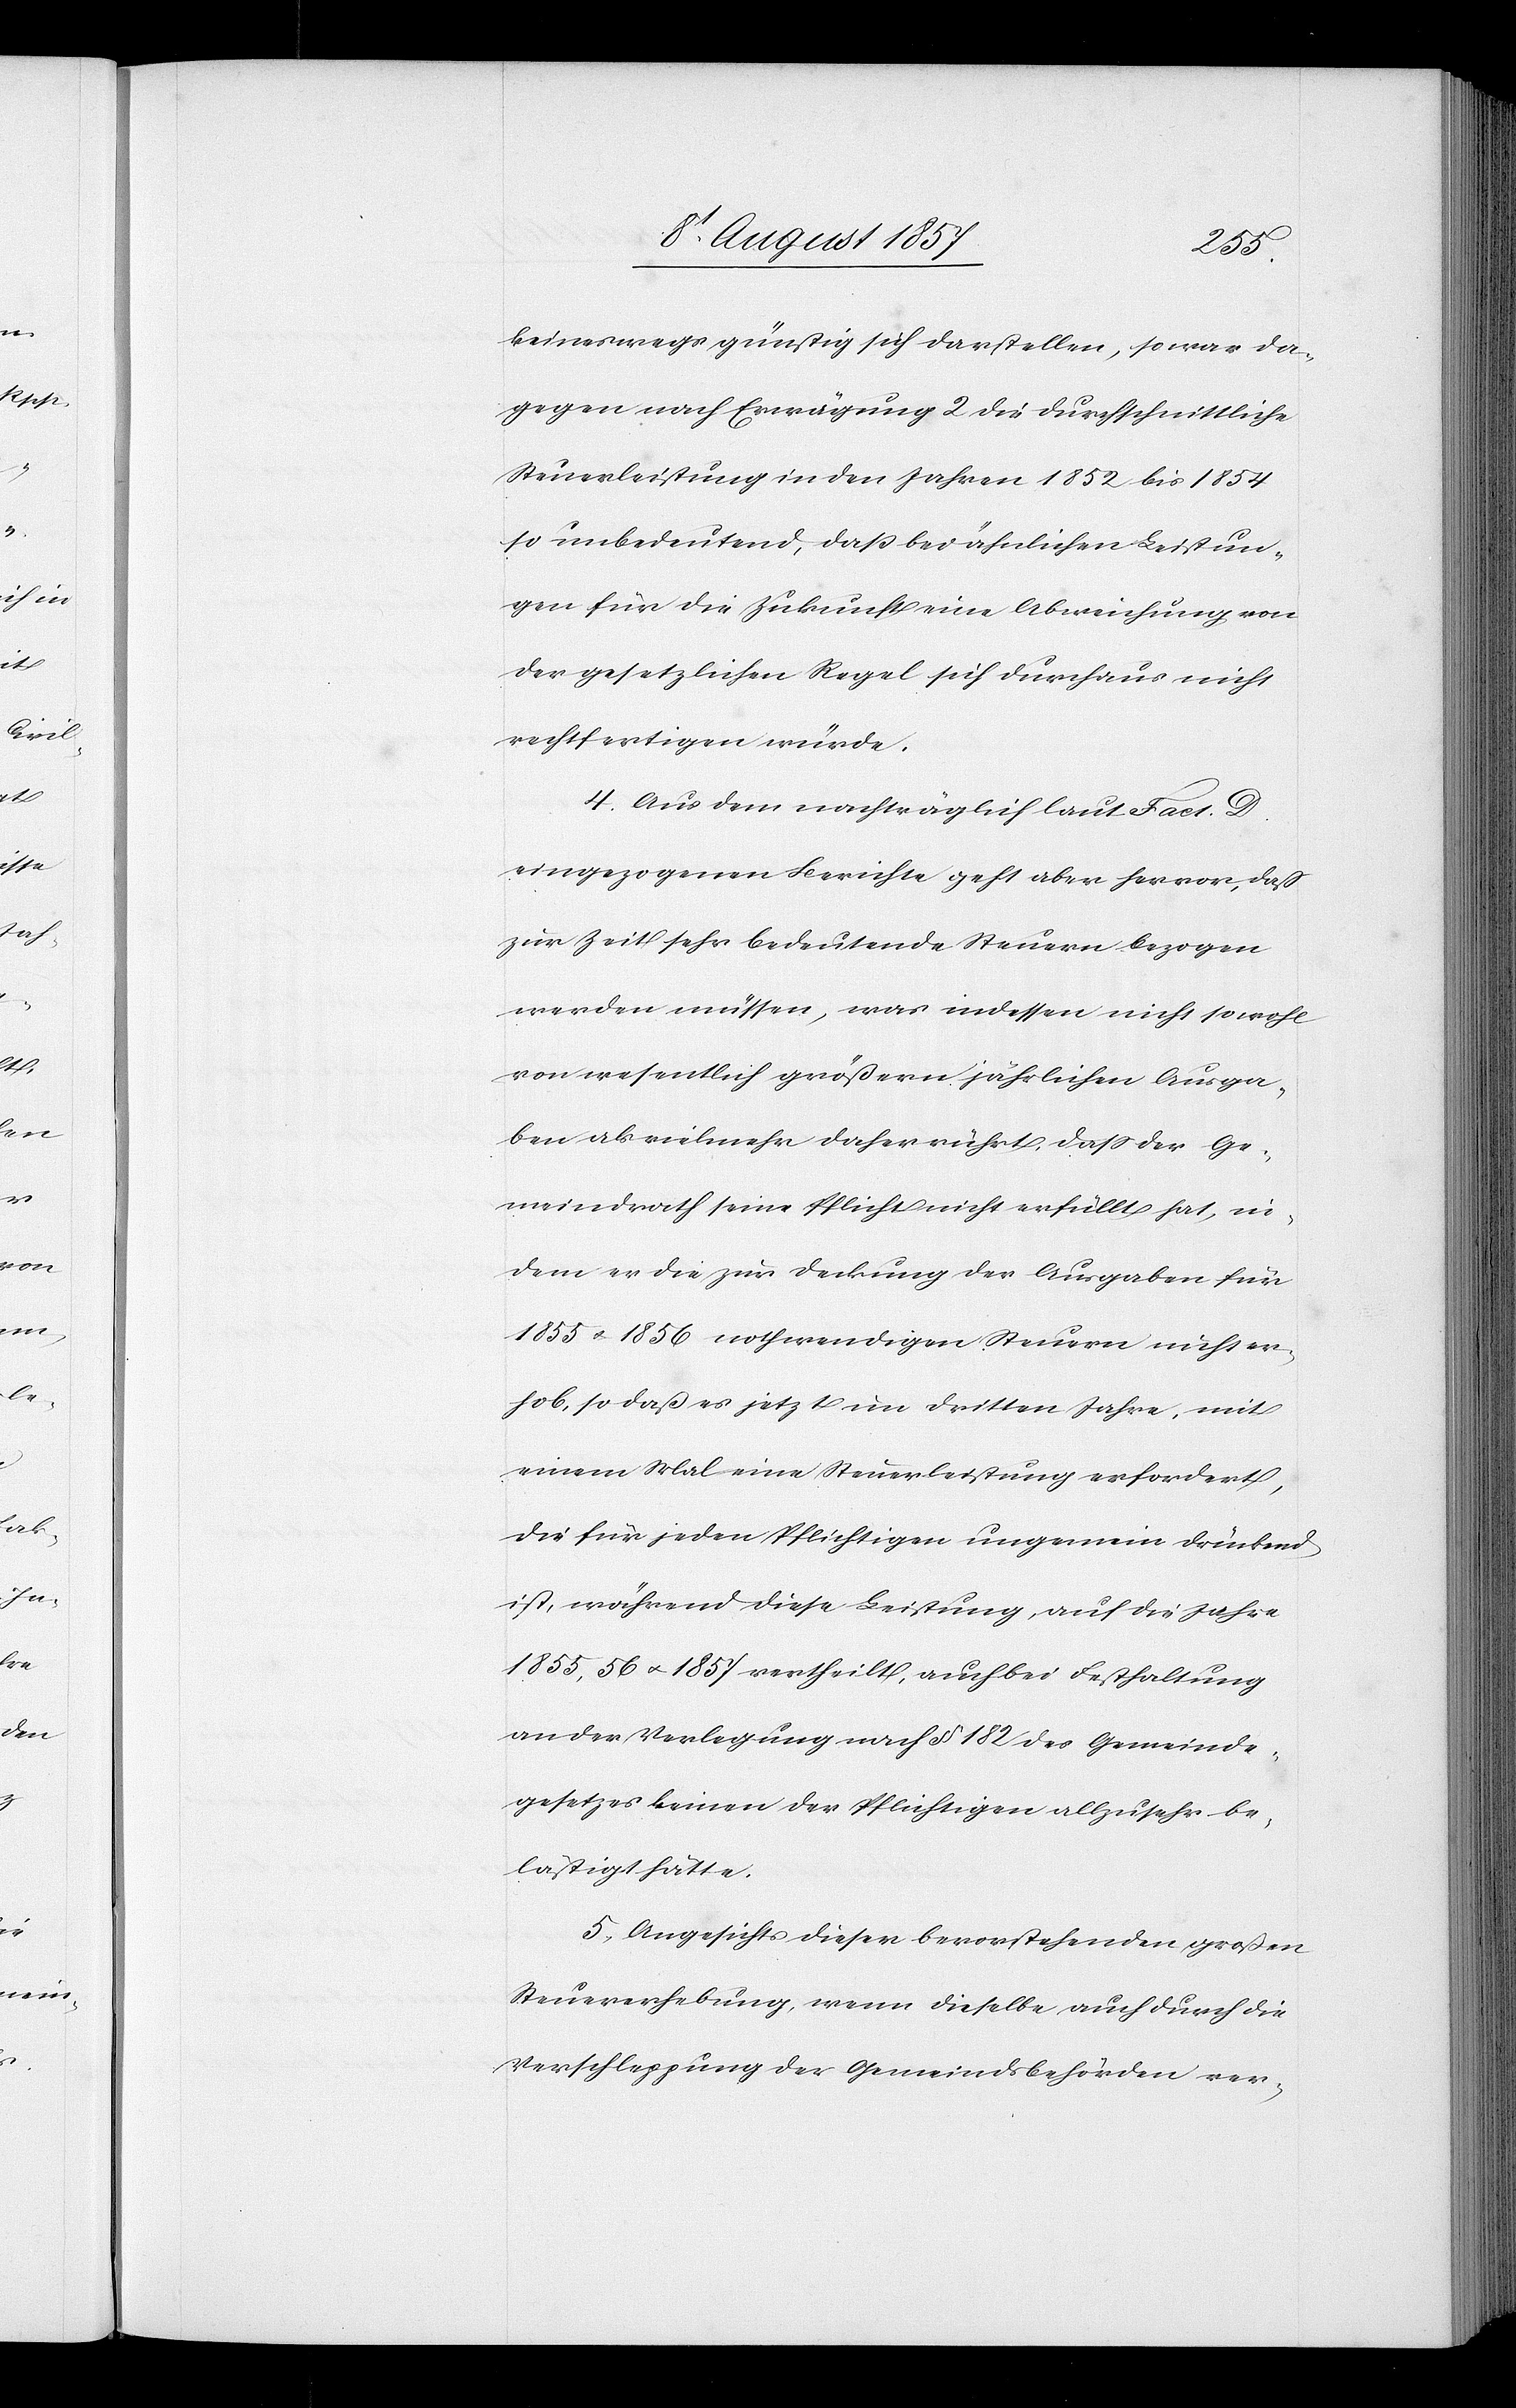
keineswegs günstig sich darstellen, so war da¬
gegen nach Erwägung 2 die durchschnittliche
Steuerleistung in den Jahren 1852 bis 1854
so unbedeutend, daß bei ähnlichen Leistun¬
gen für die Zukunft eine Abweichung von
der gesetzlichen Regel sich durchaus nicht
rechtfertigen würde.
4. Aus dem nachträglich laut Fact. D
eingezogenen Berichte geht aber hervor, daß
zur Zeit sehr bedeutende Steuern bezogen
werden müssen, was indessen nicht sowohl
von wesentlich größern jährlichen Ausga¬
ben als vielmehr daher rührt, daß der Ge¬
meindrath seine Pflicht nicht erfüllt hat, in¬
dem er die zur Deckung der Ausgaben für
1855 & 1856 nothwendigen Steuern nicht er¬
hob, so daß es jetzt im dritten Jahre, mit
einem Mal eine Steuerleistung erfordert,
die für jeden Pflichtigen ungemein drückend
ist, während diese Leistung, auf die Jahre
1855, 56 & 1857 vertheilt, auch bei Festhaltung
an der Verlegung nach § 182 des Gemeinde¬
gesetzes keinen der Pflichtigen allzusehr be¬
lästigt hätte.
5. Angesichts dieser bevorstehenden großen
Steuerrechnung, wenn dieselbe auch durch die
Verschleppung der Gemeindsbehörden ver-